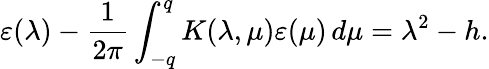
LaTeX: \varepsilon(\lambda)-\frac{1}{2\pi}\int_{-q}^{q}K(\lambda,\mu)\varepsilon(\mu)\, d\mu=\lambda^{2}-h.